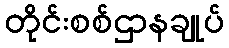
တိုင်းစစ်ဌာနချုပ်